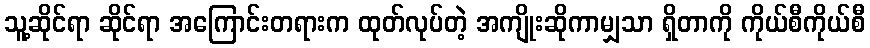
သူ့ဆိုင်ရာ ဆိုင်ရာ အကြောင်းတရားက ထုတ်လုပ်တဲ့ အကျိုးဆိုကာမျှသာ ရှိတာကို ကိုယ်စီကိုယ်စီ